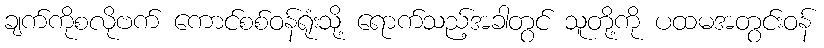
ချက်ကိုစလိုဗက် ကောင်စစ်ဝန်ရုံးသို့ ရောက်သည့်အခါတွင် သူတို့ကို ပထမအတွင်းဝန်